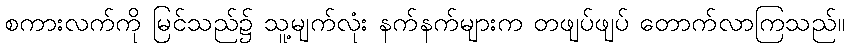
စကားလက်ကို မြင်သည်၌ သူ့မျက်လုံး နက်နက်များက တဖျပ်ဖျပ် တောက်လာကြသည်။